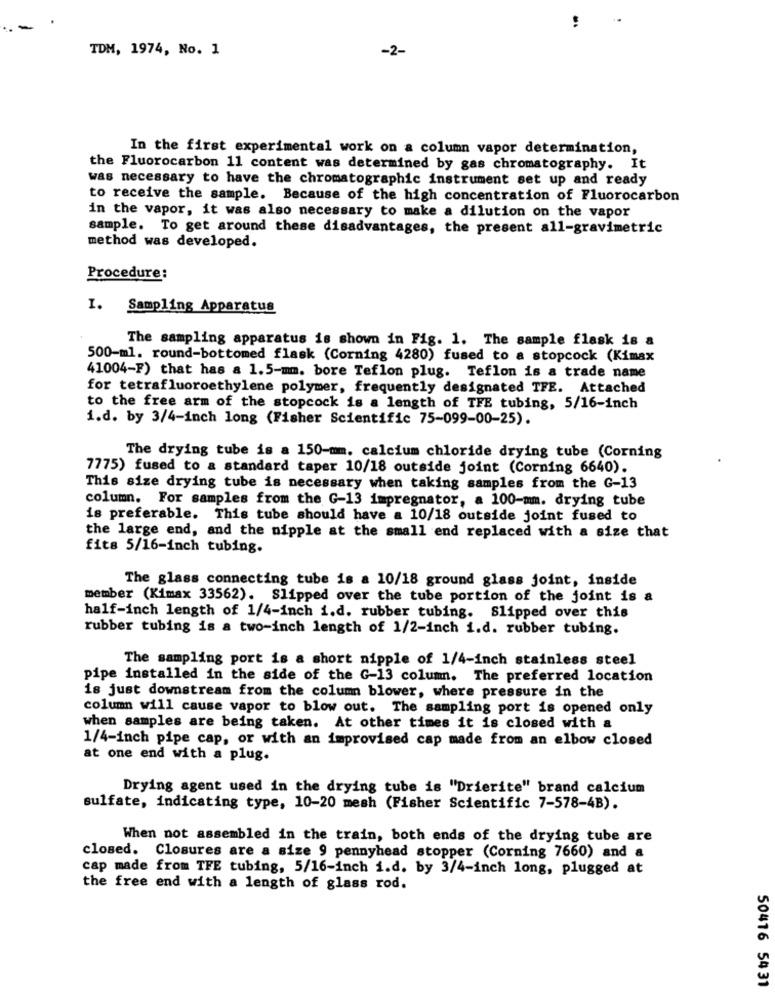
. -
TDM, 1974, No. 1
-2-
In the first experimental work on a column vapor determination,
the Fluorocarbon 11 content was determined by gas chromatography. It
was necessary to have the chromatographic instrument set up and ready
to receive the sample. Because of the high concentration of Fluorocarbon
in the vapor, it was also necessary to make a dilution on the vapor
sample. To get around these disadvantages, the present all-gravimetric
method was developed.
Procedure:
I. Sampling Apparatus
The sampling apparatus is shown in Fig. 1. The sample flask is a
500-ml. round-bottomed flask (Corning 4280) fused to a stopcock (Kimax
41004-F) that has a 1.5-mm. bore Teflon plug. Teflon is a trade name
for tetrafluoroethylene polymer, frequently designated TFE. Attached
to the free arm of the stopcock is a length of TFE tubing, 5/16-inch
i.d. by 3/4-inch long (Fisher Scientific 75-099-00-25).
The drying tube is a 150-mm. calcium chloride drying tube (Corning
7775) fused to a standard taper 10/18 outside joint (Corning 6640).
This size drying tube is necessary when taking samples from the G-13
column. For samples from the G-13 impregnator, a 100-mm. drying tube
is preferable. This tube should have a 10/18 outside joint fused to
the large end, and the nipple at the small end replaced with a size that
fits 5/16-inch tubing.
The glass connecting tube is a 10/18 ground glass joint, inside
member (Kimax 33562). Slipped over the tube portion of the joint is a
half-inch length of 1/4-inch i.d. rubber tubing. Slipped over this
rubber tubing is a two-inch length of 1/2-inch i.d. rubber tubing.
The sampling port is a short nipple of 1/4-inch stainless steel
pipe installed in the side of the G-13 column. The preferred location
is just downstream from the column blower, where pressure in the
column will cause vapor to blow out. The sampling port is opened only
when samples are being taken. At other times it is closed with a
1/4-inch pipe cap, or with an improvised cap made from an elbow closed
at one end with a plug.
Drying agent used in the drying tube is "Drierite" brand calcium
sulfate, indicating type, 10-20 mesh (Fisher Scientific 7-578-4B).
When not assembled in the train, both ends of the drying tube are
closed. Closures are a size 9 pennyhead stopper (Corning 7660) and a
cap made from TFE tubing, 5/16-inch i.d. by 3/4-inch long, plugged at
the free end with a length of glass rod.
50416 5431